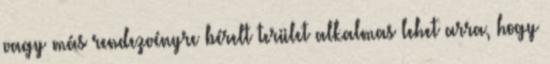
vagy más rendezvényre bérelt terület alkalmas lehet arra, hogy